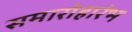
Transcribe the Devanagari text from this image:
समारोहारंभ